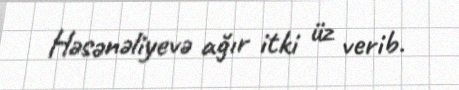
Həsənəliyevə ağır itki üz verib.